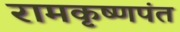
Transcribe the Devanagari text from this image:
रामकृष्णपंत